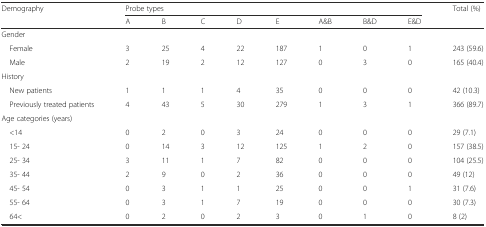
<table><thead><tr><td rowspan="2"><b>Demography</b></td><td colspan="8"><b>Probe types</b></td><td rowspan="2"><b>Total (%)</b></td></tr><tr><td><b>A</b></td><td><b>B</b></td><td><b>C</b></td><td><b>D</b></td><td><b>E</b></td><td><b>A&amp;B</b></td><td><b>B&amp;D</b></td><td><b>E&amp;D</b></td></tr></thead><tbody><tr><td colspan="10">Gender</td></tr><tr><td> Female</td><td>3</td><td>25</td><td>4</td><td>22</td><td>187</td><td>1</td><td>0</td><td>1</td><td>243 (59.6)</td></tr><tr><td> Male</td><td>2</td><td>19</td><td>2</td><td>12</td><td>127</td><td>0</td><td>3</td><td>0</td><td>165 (40.4)</td></tr><tr><td colspan="10">History</td></tr><tr><td> New patients</td><td>1</td><td>1</td><td>1</td><td>4</td><td>35</td><td>0</td><td>0</td><td>0</td><td>42 (10.3)</td></tr><tr><td> Previously treated patients</td><td>4</td><td>43</td><td>5</td><td>30</td><td>279</td><td>1</td><td>3</td><td>1</td><td>366 (89.7)</td></tr><tr><td colspan="10">Age categories (years)</td></tr><tr><td> &lt;14</td><td>0</td><td>2</td><td>0</td><td>3</td><td>24</td><td>0</td><td>0</td><td>0</td><td>29 (7.1)</td></tr><tr><td> 15- 24</td><td>0</td><td>14</td><td>3</td><td>12</td><td>125</td><td>1</td><td>2</td><td>0</td><td>157 (38.5)</td></tr><tr><td> 25- 34</td><td>3</td><td>11</td><td>1</td><td>7</td><td>82</td><td>0</td><td>0</td><td>0</td><td>104 (25.5)</td></tr><tr><td> 35- 44</td><td>2</td><td>9</td><td>0</td><td>2</td><td>36</td><td>0</td><td>0</td><td>0</td><td>49 (12)</td></tr><tr><td> 45- 54</td><td>0</td><td>3</td><td>1</td><td>1</td><td>25</td><td>0</td><td>0</td><td>1</td><td>31 (7.6)</td></tr><tr><td> 55- 64</td><td>0</td><td>3</td><td>1</td><td>7</td><td>19</td><td>0</td><td>0</td><td>0</td><td>30 (7.3)</td></tr><tr><td> 64&lt;</td><td>0</td><td>2</td><td>0</td><td>2</td><td>3</td><td>0</td><td>1</td><td>0</td><td>8 (2)</td></tr></tbody></table>